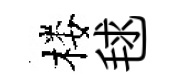
楼毬